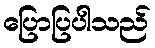
ပြောပြပါသည်